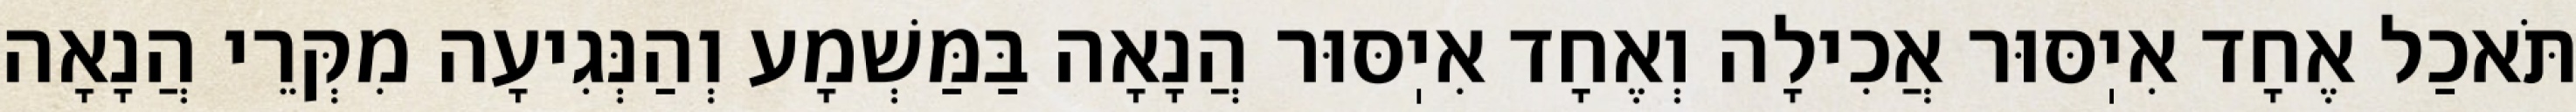
תֹּאכַל אֶחָד אִיֽסּוּר אֲכִילָה וְאֶחָד אִיֽסּוּר הֲנָאָה בַּמַּשְׁמָע וְהַנְּגִיעָה מִקְּרֵי הֲנָאָה